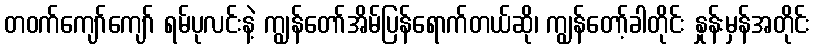
တဝက်ကျော်ကျော် ရမ်ပုလင်းနဲ့ ကျွန်တော်အိမ်ပြန်ရောက်တယ်ဆို၊ ကျွန်တော့်ခါတိုင်း နှုန်းမှန်အတိုင်း